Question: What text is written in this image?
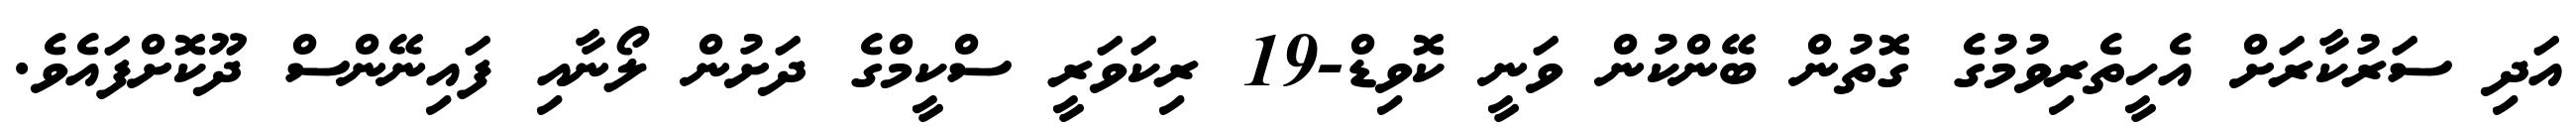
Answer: އަދި ސަރުކާރަށް އެހީތެރިވުމުގެ ގޮތުން ބޭންކުން ވަނީ ކޮވިޑް-19 ރިކަވަރީ ސްކީމްގެ ދަށުން ލޯނާއި ފައިނޭންސް ދޫކޮށްފައެވެ.